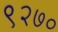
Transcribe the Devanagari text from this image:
९२७०